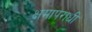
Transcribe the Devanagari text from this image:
क्षमापराधी